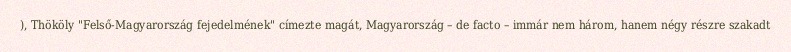
), Thököly "Felső-Magyarország fejedelmének" címezte magát, Magyarország – de facto – immár nem három, hanem négy részre szakadt